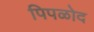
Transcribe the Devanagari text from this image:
पिपळोद